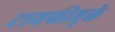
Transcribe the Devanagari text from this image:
टायफीमुळे